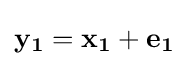
\mathbf {y_{1}} =\mathbf {x_{1}} +\mathbf {e_{1}}